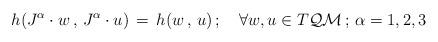
LaTeX: \begin{align*}h(J^\alpha\cdot w\, ,\, J^\alpha\cdot u)\, =\, h(w\, ,\, u)\, ; \quad\forall w,u\in T{\cal QM}\, ;\, \alpha=1,2,3\end{align*}